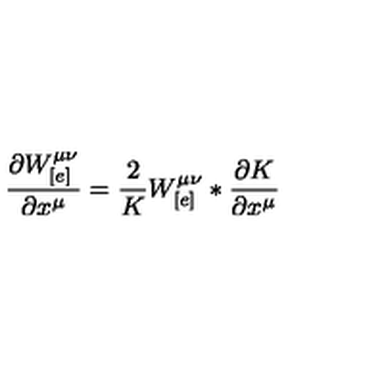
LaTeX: \frac { \partial W _ { [ e ] } ^ { \mu \nu } } { \partial x ^ { \mu } } = \frac { 2 } { K } W _ { [ e ] } ^ { \mu \nu } * \frac { \partial K } { \partial x ^ { \mu } }